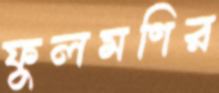
ফুলমণির